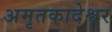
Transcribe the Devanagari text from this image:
अमृतकादेश्वर